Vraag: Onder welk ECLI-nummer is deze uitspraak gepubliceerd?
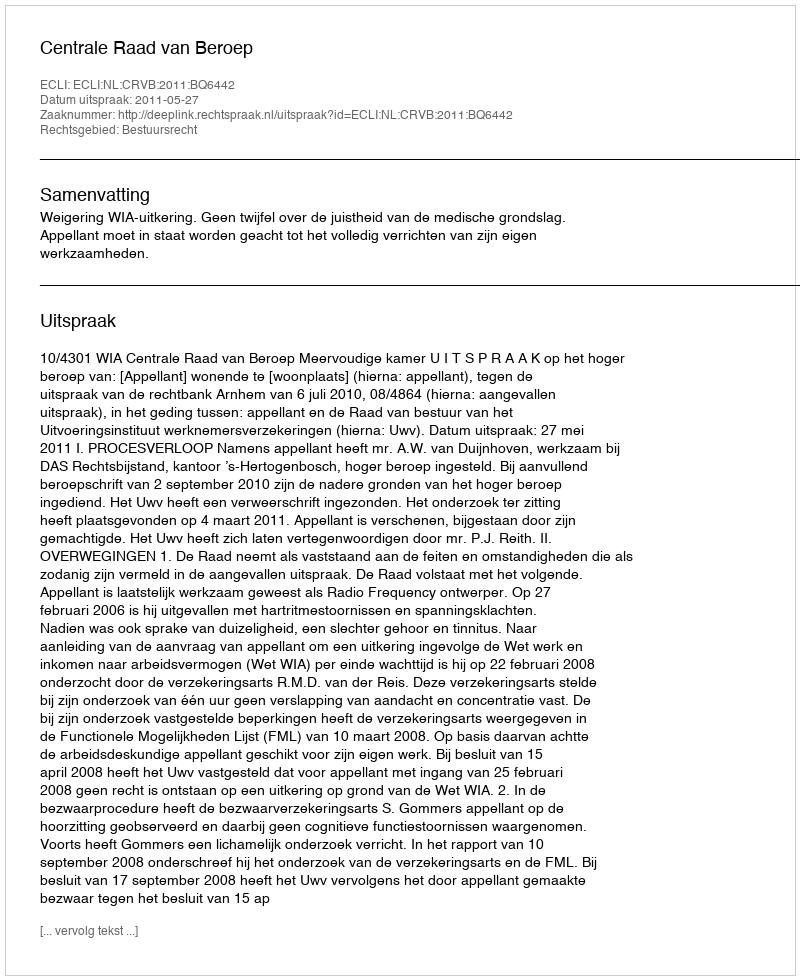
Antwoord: ECLI:NL:CRVB:2011:BQ6442